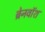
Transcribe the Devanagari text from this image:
ब्रेनवाॅश